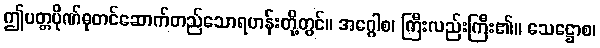
ဤပတ္တပိုဏ်ဓုတင်ဆောက်တည်သောရဟန်းတို့တွင်။ အဂ္ဂေါစ၊ ကြီးလည်းကြီး၏။ သေဋ္ဌောစ၊